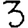
Digit: 3